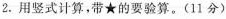
2.用竖式计算，带★的要验算。(11分)